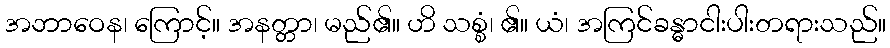
အဘာဝေန၊ ကြောင့်။ အနတ္တာ၊ မည်၏။ ဟိ သစ္စံ၊ ၏။ ယံ၊ အကြင်ခန္ဓာငါးပါးတရားသည်။